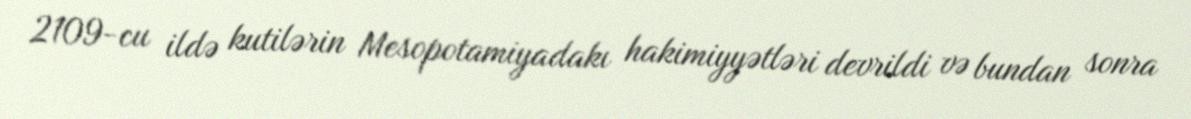
2109-cu ildə kutilərin Mesopotamiyadakı hakimiyyətləri devrildi və bundan sonra